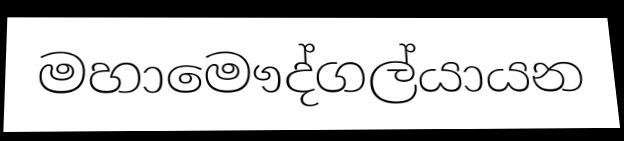
මහාමෞද්ගල්යායන